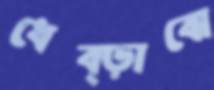
ধেব্‌ড়াবো